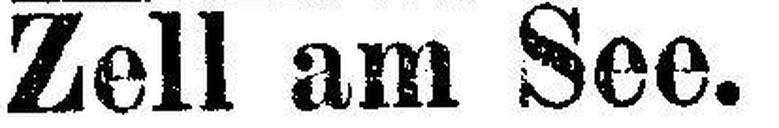
Zell am See.